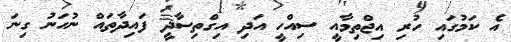
އެ ކަމުގައި ހުރި އިޖްތިމާއީ ސިއްހީ އަދި އިގްތިސާދީ ފައިދާތައް ނުހަނު ގިނަ